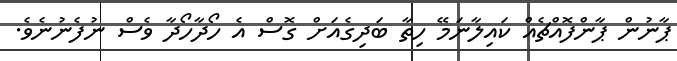
ޕާނުން ޕާންފޮއްޗެއް ކައިލާނަމޭ ހިތާ ބަދިގެއަށް ގޮސް އެ ހޯދާހޯދާ ވެސް ނުފެނުނެވެ.